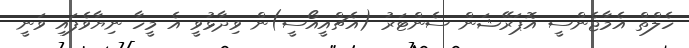
ހެލްތް އެމާޖެންސީ އޮޕަރޭޝަން ސެންޓަރު (އެޗްއީއޯސީ)ން ވިދާޅުވީ އެ މީހާ ނިޔާވެފައި ވަނީ